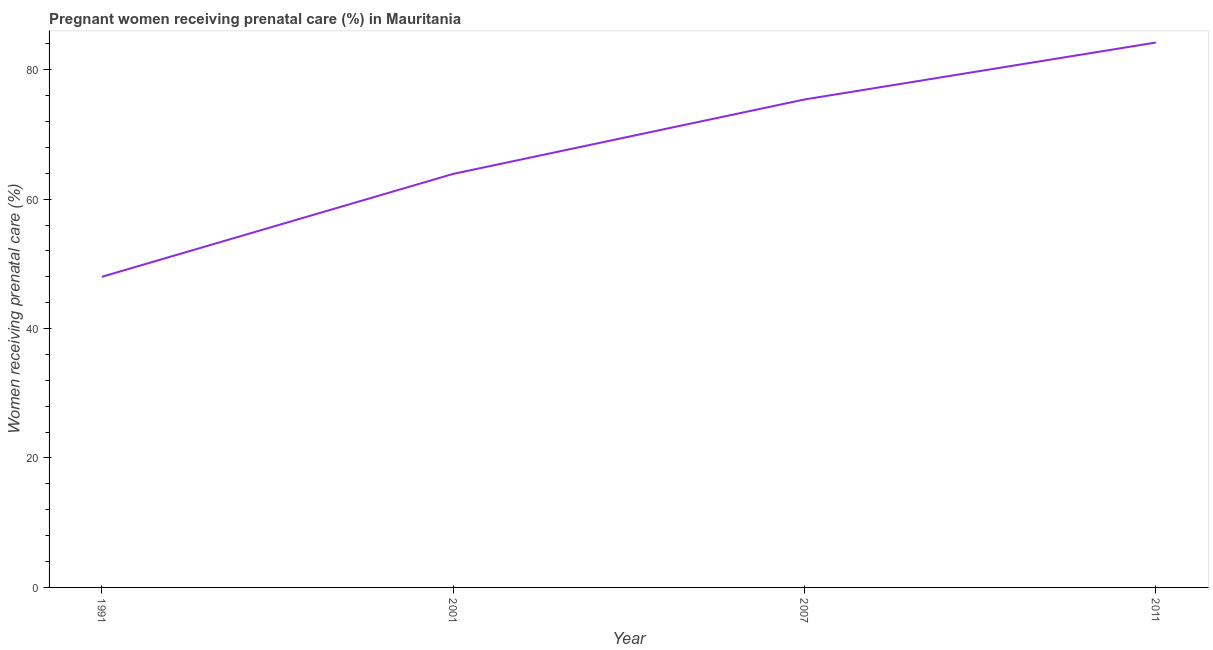
| Year | Pregnant women receiving prenatal care |
 | --- | --- |
 | 1991 | 48 |
 | 2001 | 63.9 |
 | 2007 | 75.4 |
 | 2011 | 84.2 |